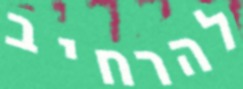
להרחיב